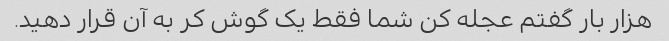
هزار بار گفتم عجله کن شما فقط یک گوش کر به آن قرار دهید.